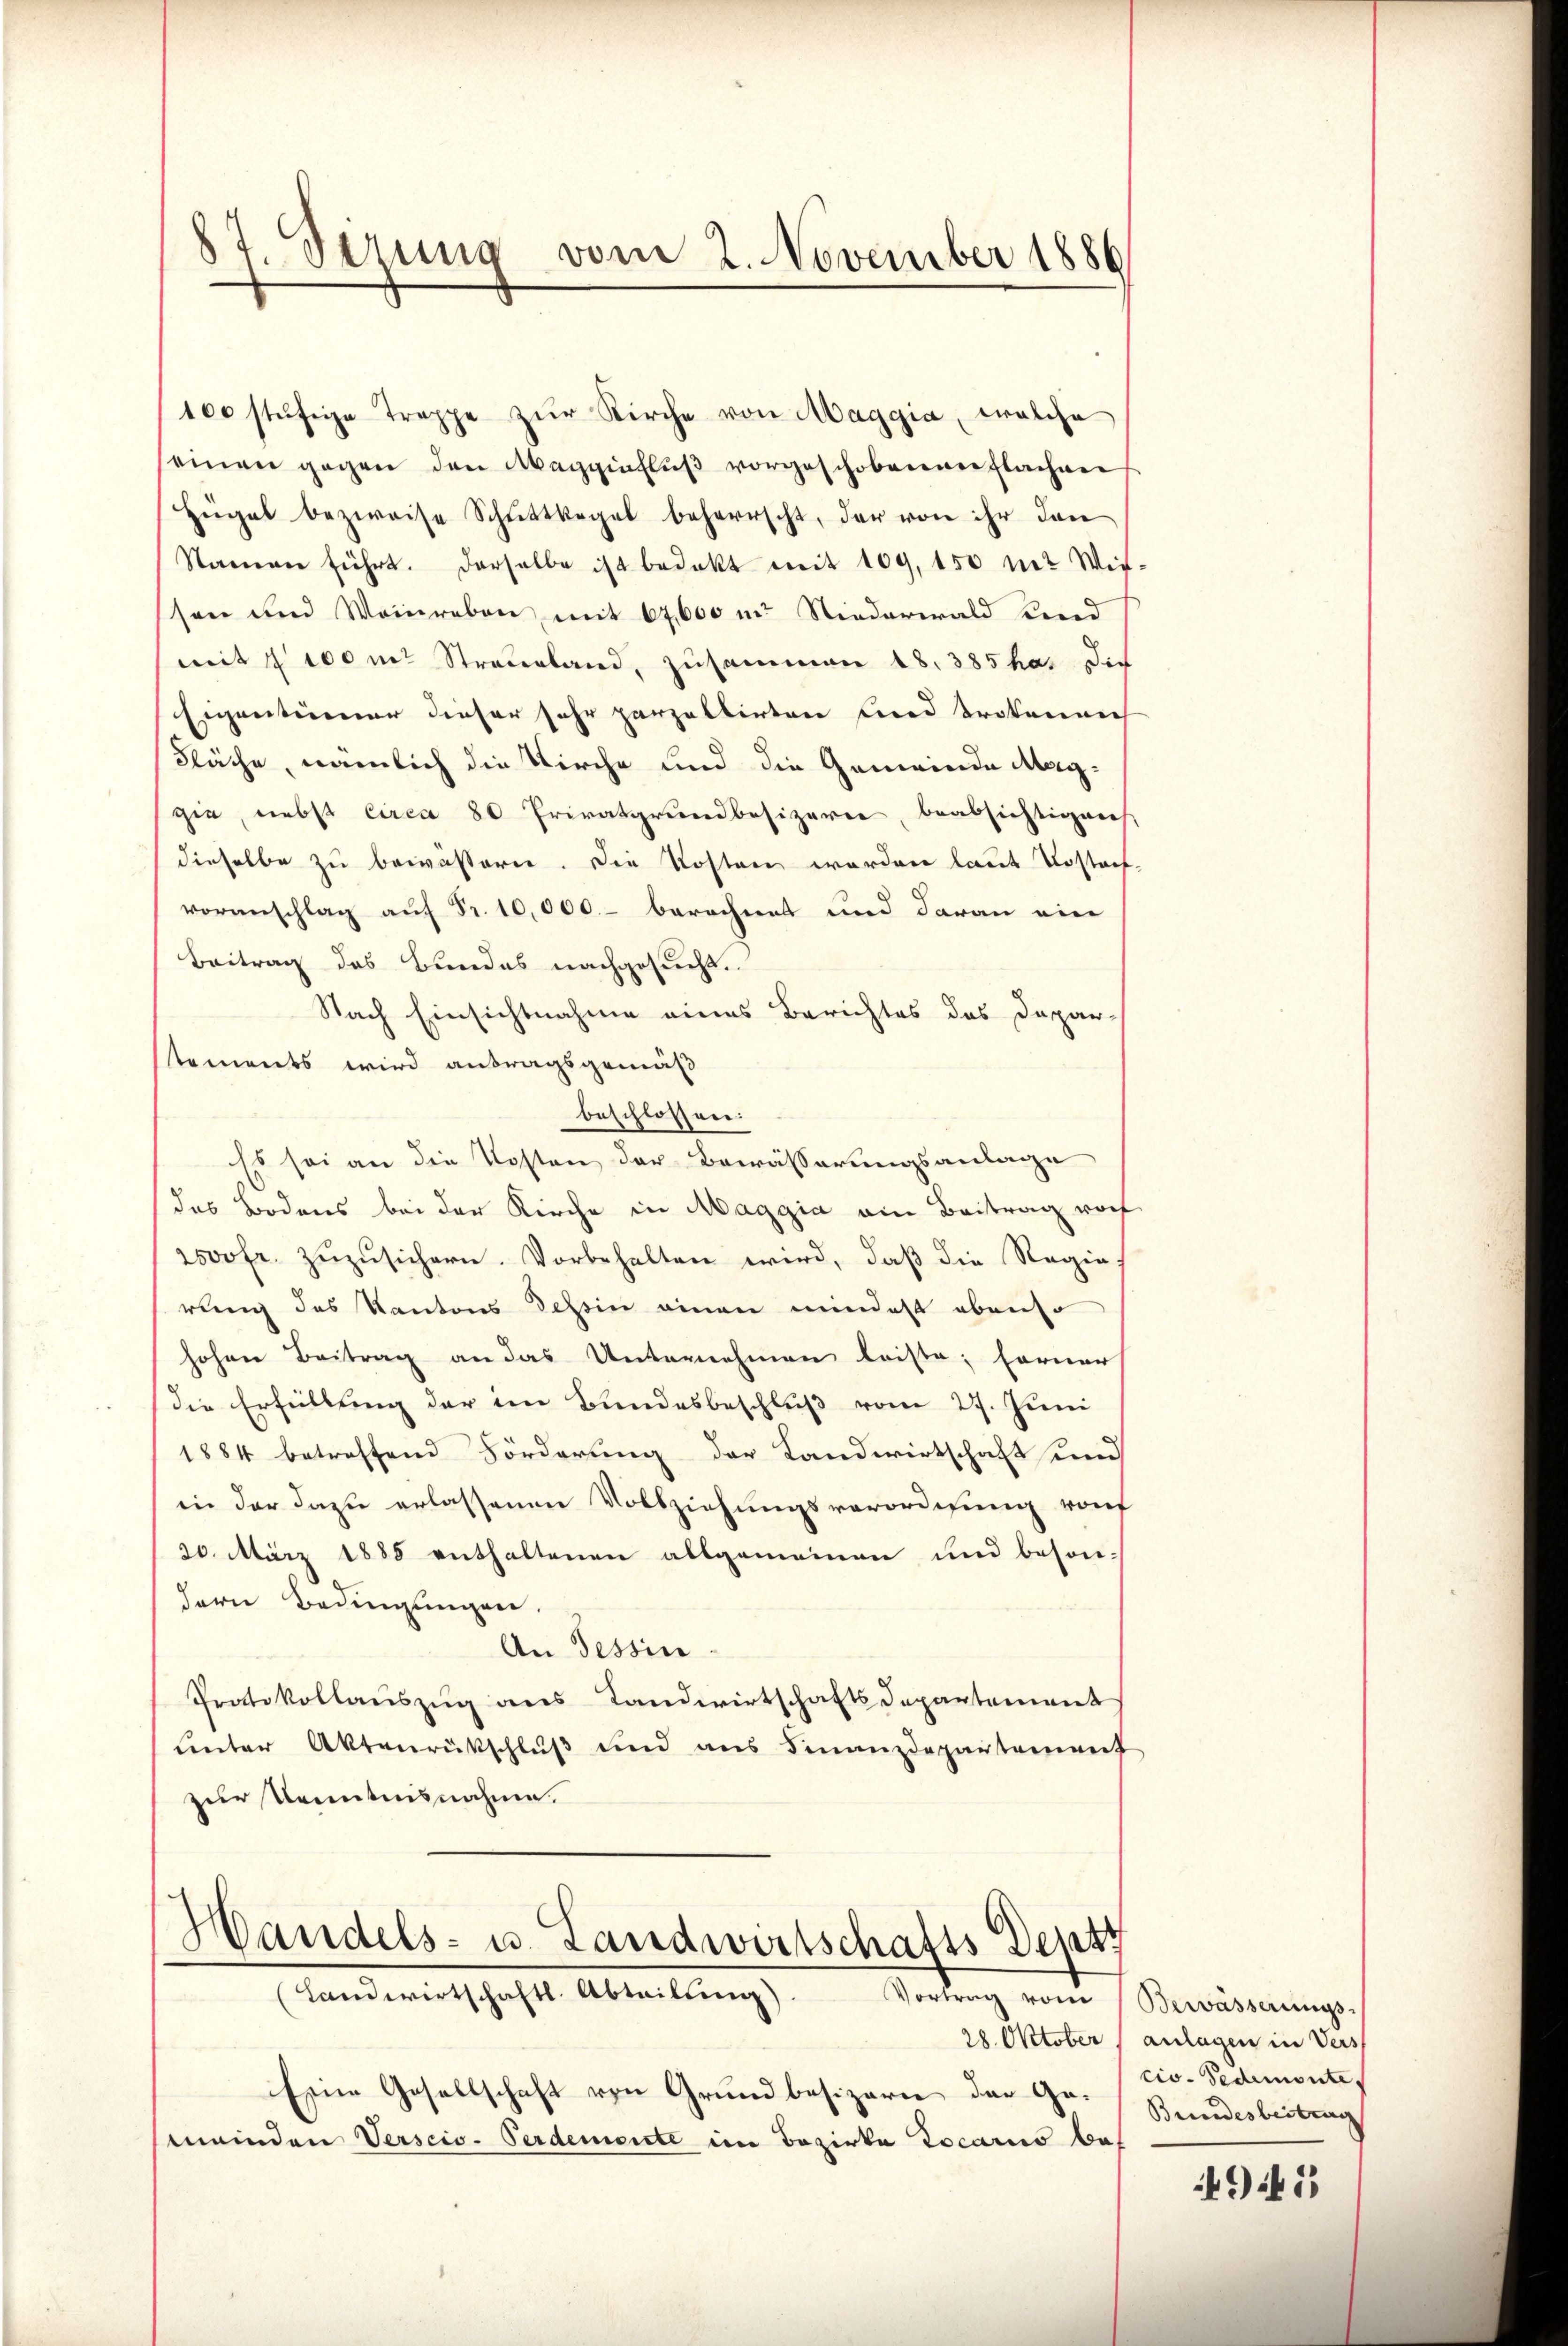
7 Sirung vom 2. November 1886

100 stüfige Treppe zŭr Kirche von Maggia, welche
seinen gegen den Maggiaflŭβ vorgeschobenen flachen
Hügel bezweise Schŭttkegel beherrscht, der von ihr dan
Namen führt. Derselbe ist bedakt mit 109, 150 mit Witsen und Weinreben mit 67,600 m. Niederwald und
mit 2000 m Streberland, zusammen 18. 385 ha. Die
Eigentümer dieser sehr parzellirten und trokenen
Fläche, nämlich die Kirche und die Gemeinde Maggie, nebst circa 80 Privatgrundbesizeren, beabsichtigens
dieselbe zu bewassern. Die Kosten werden laut Postachvoranschlag auf Fr. 10,000.- berechnet und daran ein
Beitrag des Bundes nachgesucht.
Nach Einsichtnahme eines Berichtes des Dapar-
tements wird antragsgemäß
beschlossen:
Es sei an die Kosten der Bewässerungsanlage
des Bodens bei der Kirche in Maggia am Beitrag vorf
s00fr. zuzusichern. Vorbehalten wird, daß die Regie
rung des Kantons Tessin einen mindest ebenso
hohen Beitrag an das Unternehmen leiste; ferner
die Erfüllung der im Bundesbeschluß vom 27. Juni
1884 betreffend Förderung der Landwirtschaft und
in der dazu erlassenen Vollziehungsverordnung von
30. März 1888 enthaltenen allgemeinen und beson-
dern Bedingungen.
An Tessin
Protokollauszug aus Landwirtschaftsdepartement
unter Aktenrückschluß und aus Finanzdepartement
zur Kenntnisnahme.

Handels- u. Landwirtschafts Depart
(Landwirtschaftl. Abteilŭng. Vortrag vom Bewässerungs-

Eine Gesellschaft von Grundbesizern der Ge-
meinden Verscio-Perdemente im Bezirke Locario be¬

28. Oktober (anlagen in Vers
cio. Sedumontes
Brindesbestrag

945